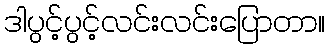
ဒါပွင့်ပွင့်လင်းလင်းပြောတာ။